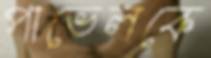
পাভেলকে